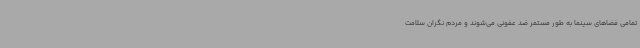
تمامی فضاهای سینما به طور مستمر ضد عفونی می‌شوند و مردم نگران سلامت